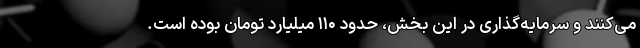
می‌کنند و سرمایه‌گذاری در این بخش، حدود ۱۱۰ میلیارد تومان بوده ‌است.